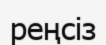
реңсіз